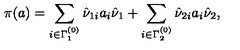
\pi ( a ) = \sum _ { i \in \Gamma _ { 1 } ^ { ( 0 ) } } \hat { \nu } _ { 1 i } a _ { i } \hat { \nu } _ { 1 } + \sum _ { i \in \Gamma _ { 2 } ^ { ( 0 ) } } \hat { \nu } _ { 2 i } a _ { i } \hat { \nu } _ { 2 } ,